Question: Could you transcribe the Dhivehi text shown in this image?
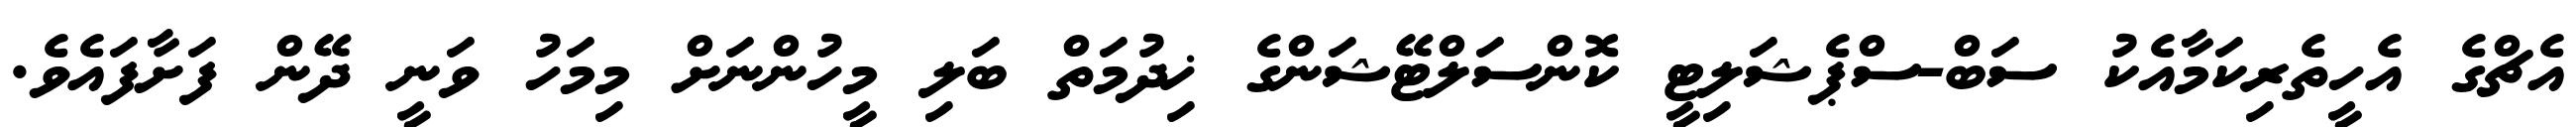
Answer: އެޗްގެ އެހީތެރިކަމާއެކު ސަބް-ސްޕެޝަލިޓީ ކޮންސަލްޓޭޝަންގެ ޚިދުމަތް ބަލި މީހުންނަށް މިމަހު ވަނީ ދޭން ފަށާފައެވެ.